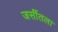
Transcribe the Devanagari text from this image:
जर्सीतला